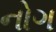
નોગ